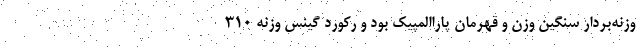
وزنه‌بردار سنگین وزن و قهرمان پاراالمپیک بود و رکورد گینس وزنه ۳۱۰